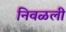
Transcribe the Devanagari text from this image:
निवळली